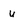
Character: U